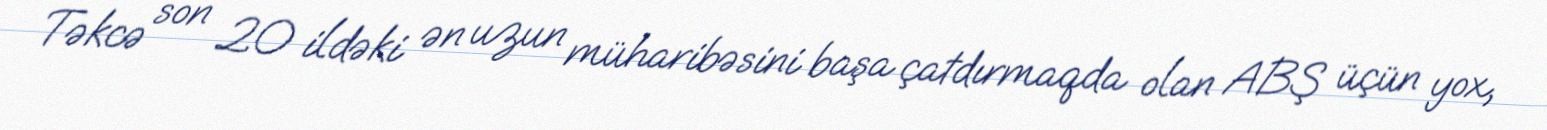
Təkcə son 20 ildəki ən uzun müharibəsini başa çatdırmaqda olan ABŞ üçün yox,